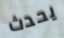
يحدث